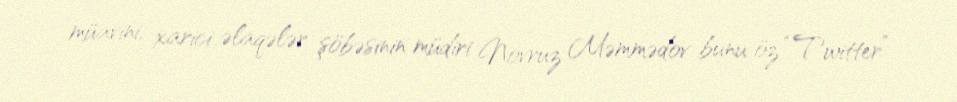
müavini, xarici əlaqələr şöbəsinin müdiri Novruz Məmmədov bunu öz “Twitter”